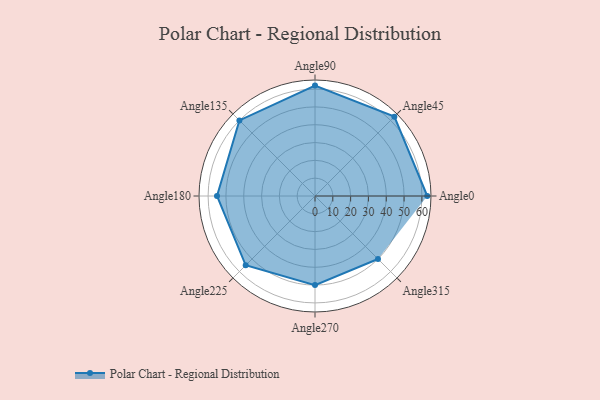
{"axis": {"x": "Angle", "y": "Radius"}, "legend": [""], "data": [{"x": "Angle0", "y": 63.0, "type": ""}, {"x": "Angle45", "y": 63.0, "type": ""}, {"x": "Angle90", "y": 62.0, "type": ""}, {"x": "Angle135", "y": 60.0, "type": ""}, {"x": "Angle180", "y": 55.0, "type": ""}, {"x": "Angle225", "y": 55.0, "type": ""}, {"x": "Angle270", "y": 50, "type": ""}, {"x": "Angle315", "y": 50, "type": ""}]}